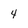
Character: 4